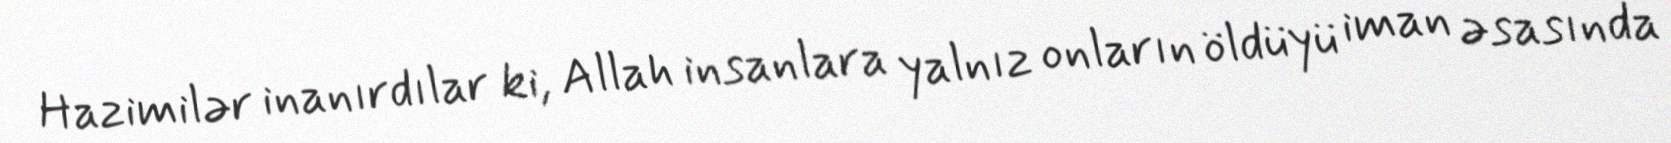
Hazimilər inanırdılar ki, Allah insanlara yalnız onların öldüyü iman əsasında